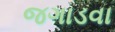
જગાડવા